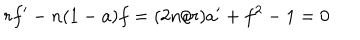
r f ^ { \prime } - n ( 1 - a ) f = ( 2 n / r ) a ^ { \prime } + f ^ { 2 } - 1 = 0